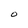
Character: 0